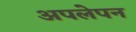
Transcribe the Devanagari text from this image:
अपलेपन